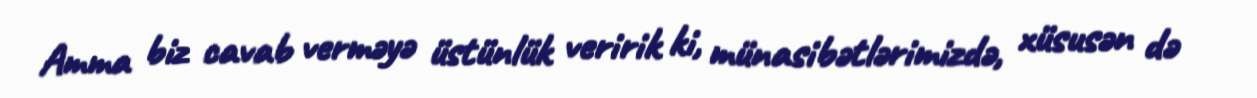
Amma biz cavab verməyə üstünlük veririk ki, münasibətlərimizdə, xüsusən də